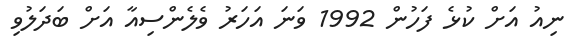
ނިއު އަށް ކުޅެ ފަހުން 1992 ވަނަ އަހަރު ވެލެންސިއާ އަށް ބަދަލުވި